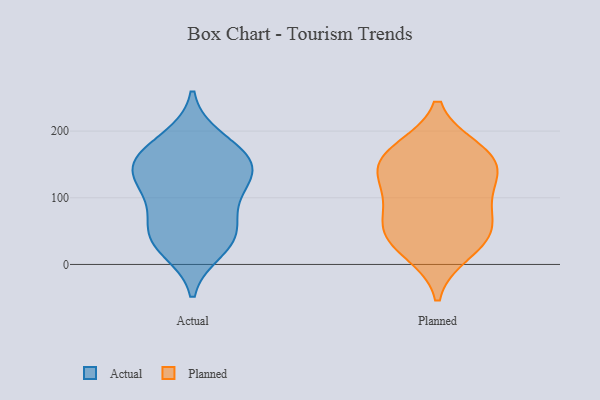
{"axis": {"x": "Production Output", "y": "Value"}, "legend": ["Actual", "Planned"], "data": [{"x": "", "y": 148, "type": "Actual"}, {"x": "", "y": 46, "type": "Actual"}, {"x": "", "y": 24, "type": "Actual"}, {"x": "", "y": 44, "type": "Actual"}, {"x": "", "y": 138, "type": "Actual"}, {"x": "", "y": 142, "type": "Actual"}, {"x": "", "y": 169, "type": "Actual"}, {"x": "", "y": 103, "type": "Actual"}, {"x": "", "y": 150, "type": "Actual"}, {"x": "", "y": 44, "type": "Actual"}, {"x": "", "y": 98, "type": "Actual"}, {"x": "", "y": 187, "type": "Actual"}, {"x": "", "y": 163, "type": "Planned"}, {"x": "", "y": 116, "type": "Planned"}, {"x": "", "y": 49, "type": "Planned"}, {"x": "", "y": 143, "type": "Planned"}, {"x": "", "y": 95, "type": "Planned"}, {"x": "", "y": 43, "type": "Planned"}, {"x": "", "y": 152, "type": "Planned"}, {"x": "", "y": 170, "type": "Planned"}, {"x": "", "y": 20, "type": "Planned"}, {"x": "", "y": 60, "type": "Planned"}]}